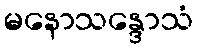
မနောသန္ဒောသံ